Lunatic asylums United Provinces 1909-1921 - 1909-1921
Year: 1909
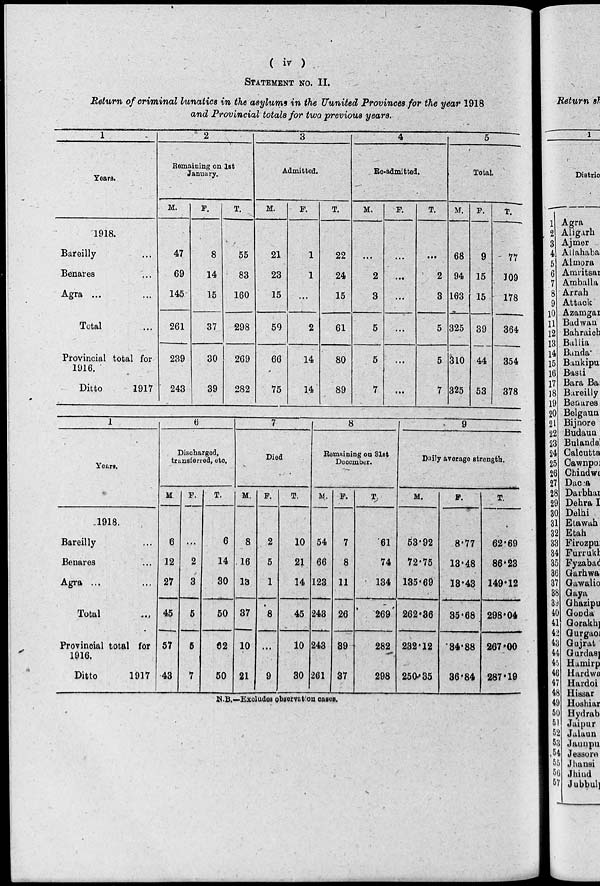
( iv )
STATEMENT NO. II.
Return of criminal lunatics in the asylums in the Uunited Provinces for the year 1918
and Provincial totals for two previous years.
1
Years.
1918.
Bareilly ...
Benares ...
Agra ...
Total ...
Provincial total for
1916.
Ditto
1917
2
Remaining on 1st
January.
M.
47
69
145
261
239
243
F.
8
14
15
37
30
39
T.
55
83
160
298
269
282
3
Admitted.
M.
21
23
15
59
66
75
F.
1
1
...
2
14
14
T.
22
24
15
61
80
89
4
Re-admitted.
M.
...
2
3
5
5
7
F.
...
...
...
...
...
...
T.
...
2
3
5
5
7
5
Total.
M.
68
94
163
325
310
325
F.
9
15
15
39
44
53
T.
77
109
178
364
354
378
1
Years.
1918.
Bareilly ...
Benares ...
Agra ...
Total ...
Provincial total for
1916.
Ditto
1917
6
Discharged,
transferred, etc.
M.
6
12
27
45
57
43
F.
...
2
3
5
5
7
T.
6
14
30
50
62
50
7
Died
M.
8
16
13
37
10
21
F.
2
5
1
8
...
9
T.
10
21
14
45
10
30
8
Remaining on 31st
December.
M.
54
66
123
243
243
261
F.
7
8
11
26
39
37
T.
61
74
134
269
282
298
9
Daily average strength.
M.
53.92
72.75
135.69
262.36
232.12
250.35
F.
8.77
13.48
13.43
35.68
34.88
36.84
T.
62.69
86.23
149.12
298.04
267.00
287.19
N.B.—Excludes observation cases.